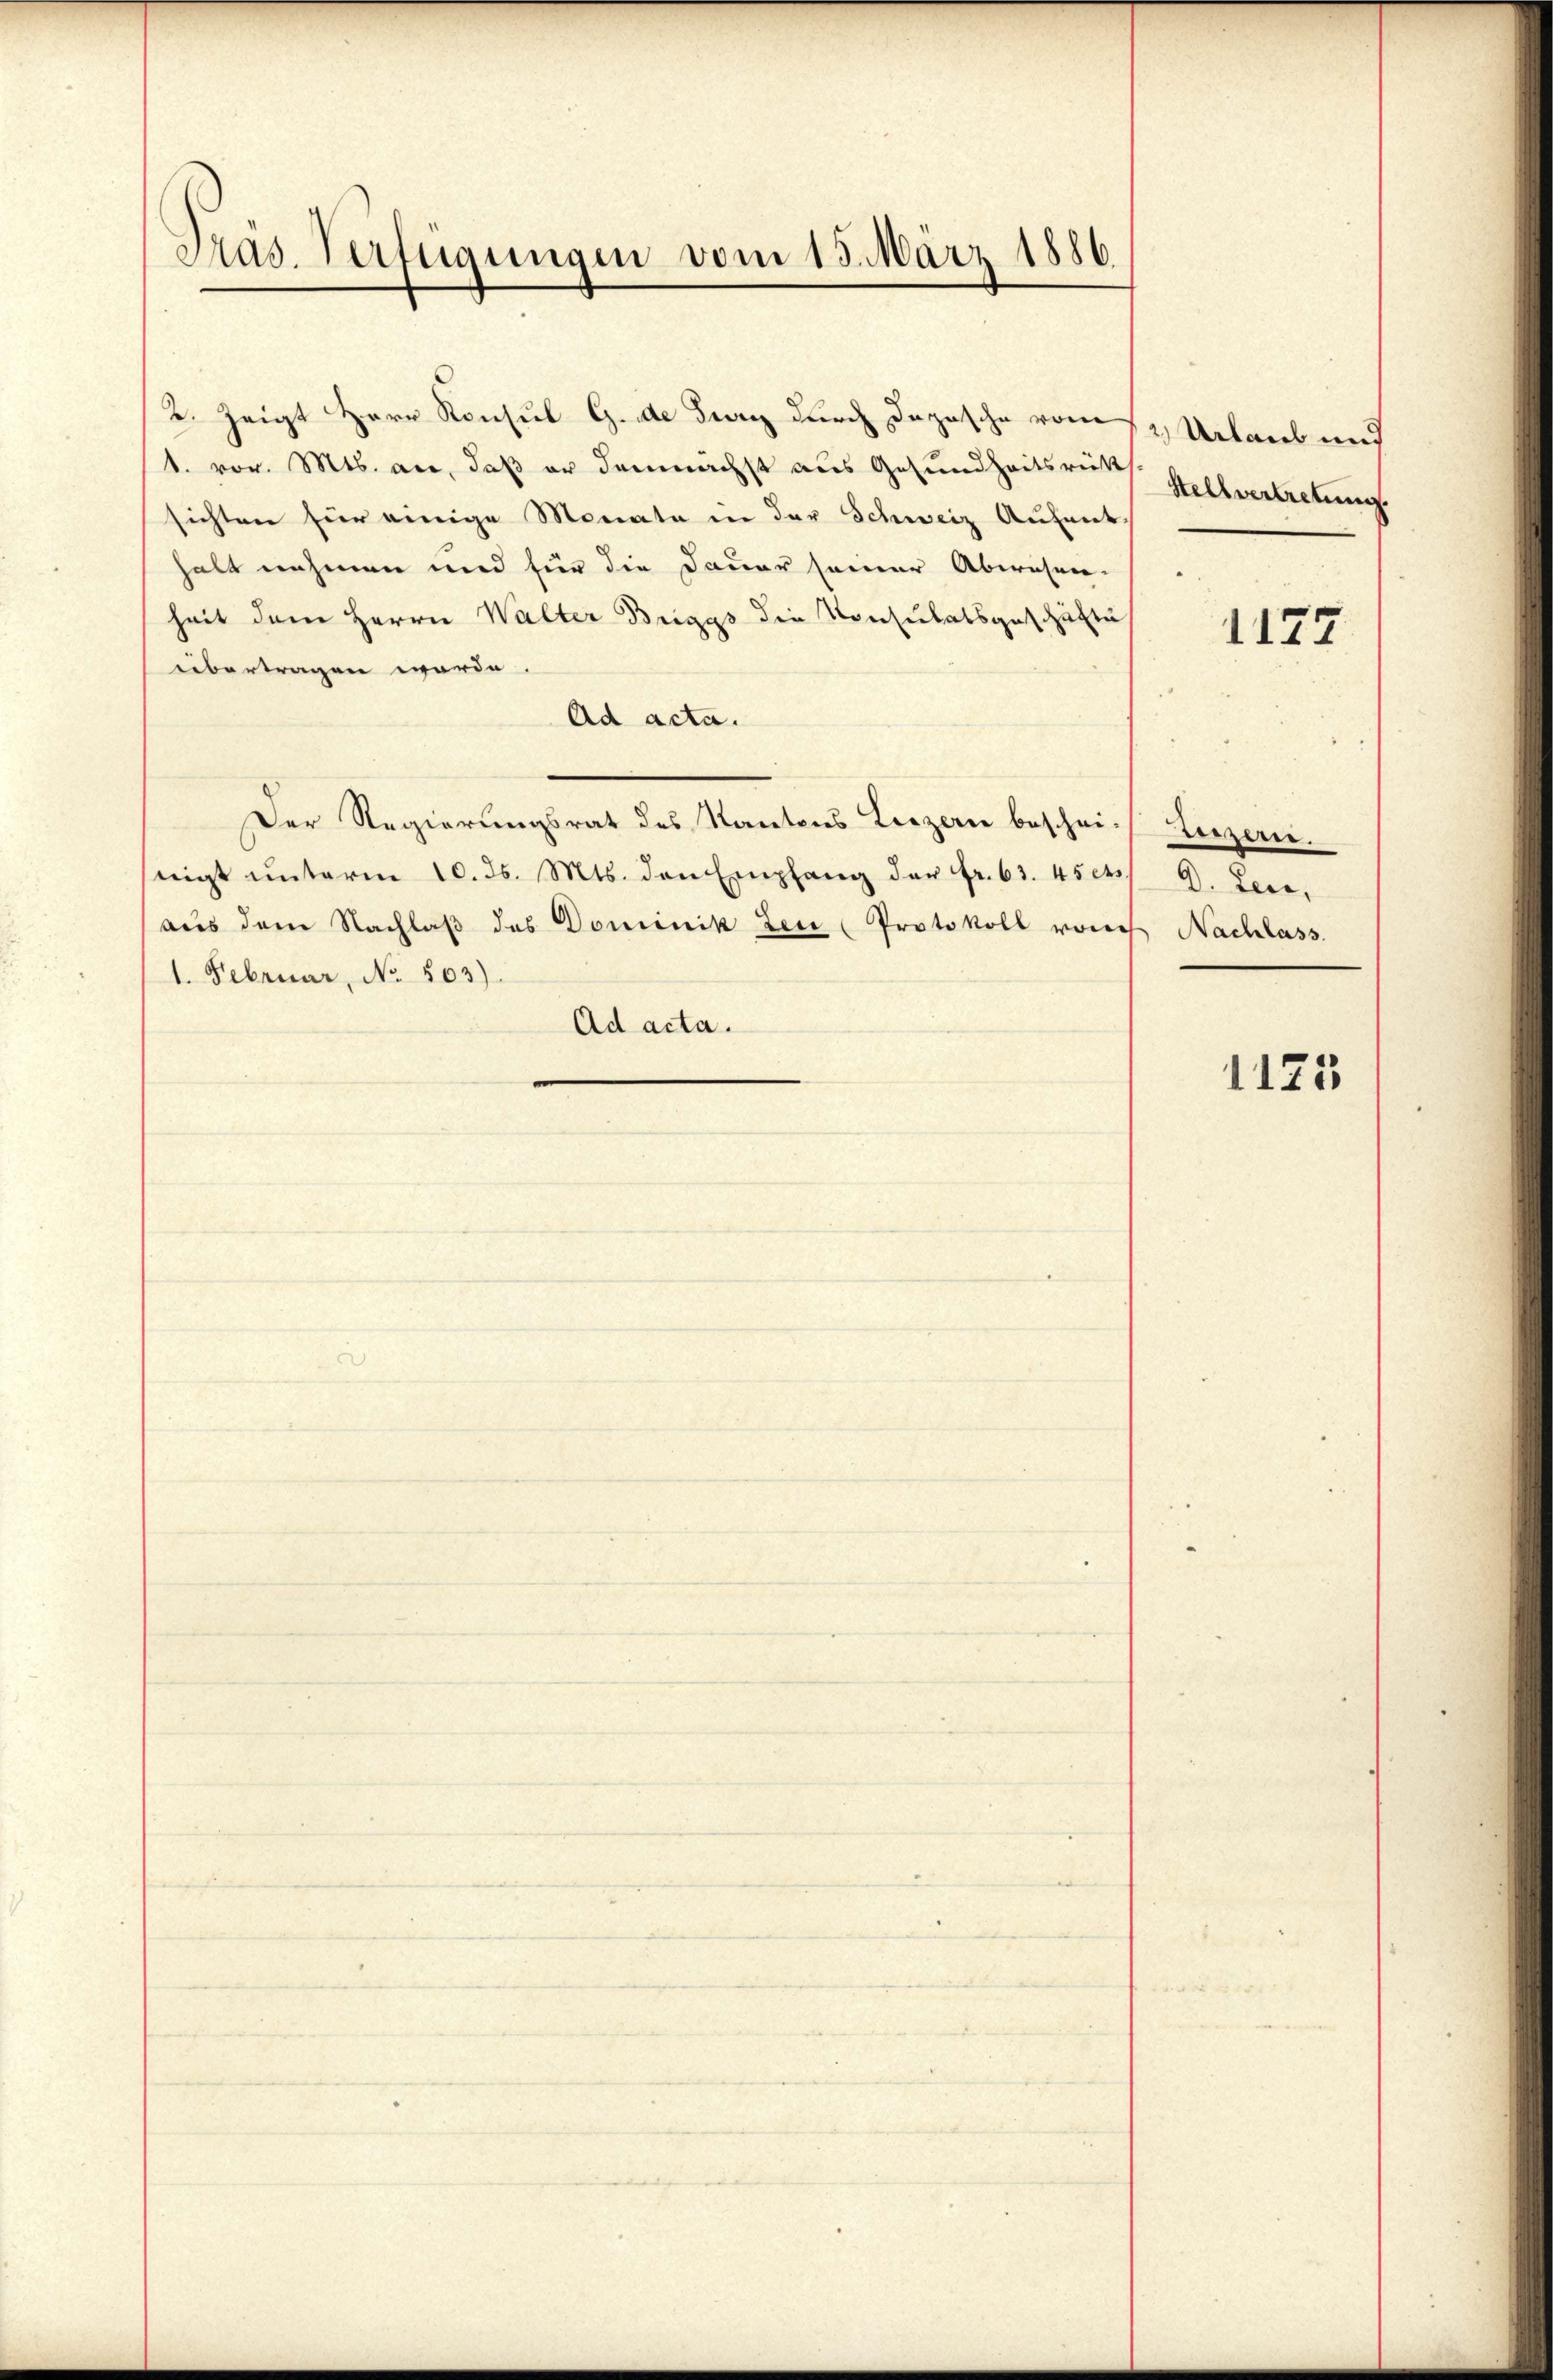
Pras. Verfügungen vom 15. März 1886

2. Zeigt Herr Konsul G. de Burg durch Deposche vom 12 Urlaub und
1. vor. Mts. an, daß er demnächst aus Gesundheitsrückt
sichten für einige Monate in der Schweiz Aufenthalt nehmen und für die Dauer seiner Abwesen-
heit dem Herrn Walter Breggs die Konsulatsgeschäfte
übertragen werde.
Ad acta.
Der Regierungsrat des Kantons Luzern bescheinigt unterm 10. d. Mts. den Empfang der Fr. 63. 45 et
aŭs dem Nachlaβ des Dominik der Protokoll von Nachlass
1. Februar, No. 503).
Ad acta.

Stellvertretung

1177

derzern.
D. Lese,

1125